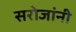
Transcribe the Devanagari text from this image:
सरोजांनी